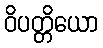
ဝိပတ္တိယော